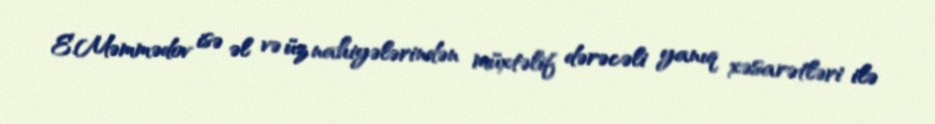
E.Məmmədov isə əl və üz nahiyələrindən müxtəlif dərəcəli yanıq xəsarətləri ilə